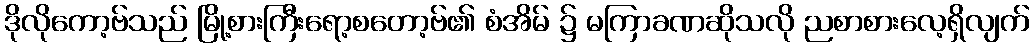
ဒိုလိုကော့ဗ်သည် မြို့စားကြီးရော့စတော့ဗ်၏ စံအိမ် ၌ မကြာခဏဆိုသလို ညစာစားလေ့ရှိလျက်